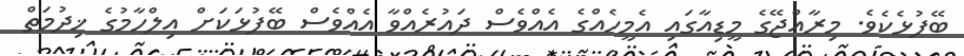
ބޭފުޅެކެވެ. މިރާއްޖޭގެ މީޑިއާގައި އެމީހެއްގެ އެއްވެސް ދައުރެއްވާ އެއްވެސް ބޭފުޅަކަށް އިލްހާމުގެ ޚިދުމަތް